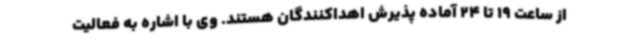
از ساعت 19 تا 24 آماده پذیرش اهداکنندگان هستند. وی با اشاره به فعالیت